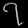
Digit: ၇